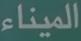
الميناء